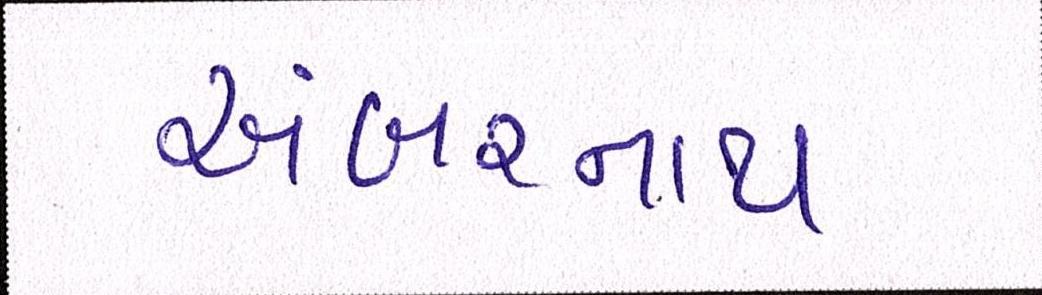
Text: અંબરનાથ